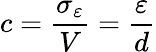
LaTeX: c={\frac{\sigma_{\varepsilon}}{V}}={\frac{\varepsilon}{d}}